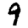
Digit: 9